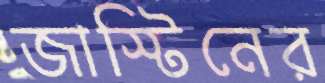
জাস্টিনের